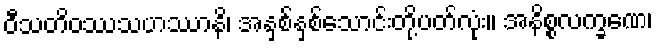
ဝီသတိဝဿသဟဿာနိ၊ အနှစ်နှစ်သောင်းတို့ပတ်လုံး။ အနိစ္စလက္ခဏေ၊